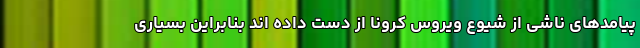
پیامدهای ناشی از شیوع ویروس کرونا از دست داده اند بنابراین بسیاری